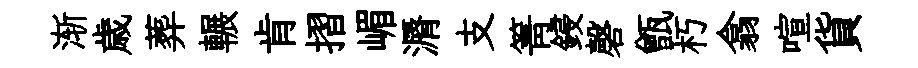
渐歳葬輾肯摺嵋漘支箐鋟磬甑朽翕喧貨